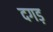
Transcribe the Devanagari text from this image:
दगड़